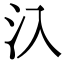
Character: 𣱿